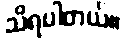
သိရပါတယ်။